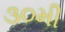
૩૦મી